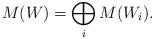
LaTeX: \begin{align*}M(W) = \bigoplus_i M(W_i).\end{align*}